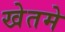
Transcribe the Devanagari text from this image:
खेतमे